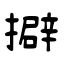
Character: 擗